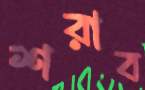
শরাব